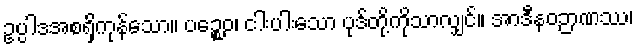
ဥပ္ပါဒအစရှိကုန်သော။ ပဉ္စေဝ၊ ငါးပါးသော ပုဒ်တို့ကိုသာလျှင်။ အာဒီနဝဉာဏဿ၊